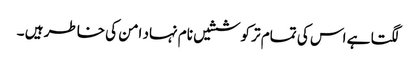
لگتا ہے اس کی تمام تر کوششیں نام نہاد امن کی خاطر ہیں ۔